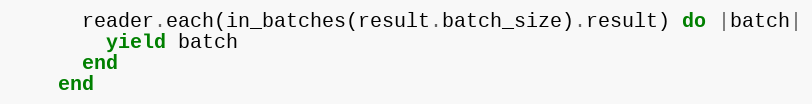
Language: Ruby
      reader.each(in_batches(result.batch_size).result) do |batch|
        yield batch
      end
    end